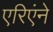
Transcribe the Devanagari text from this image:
एरिएंने